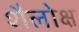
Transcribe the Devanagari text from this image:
शैलोक्ष